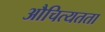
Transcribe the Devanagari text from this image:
औचित्यतता